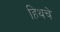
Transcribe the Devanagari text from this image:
हिथचे